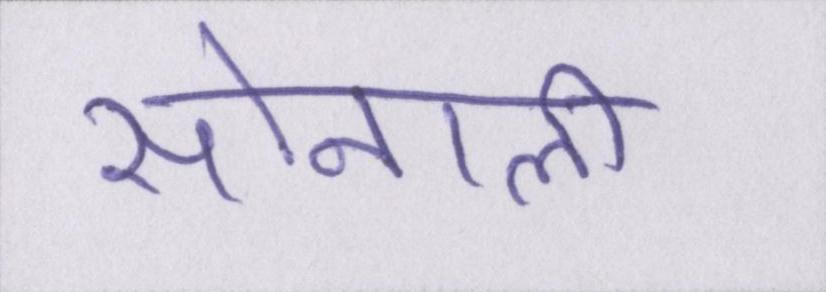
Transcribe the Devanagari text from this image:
सोनाली